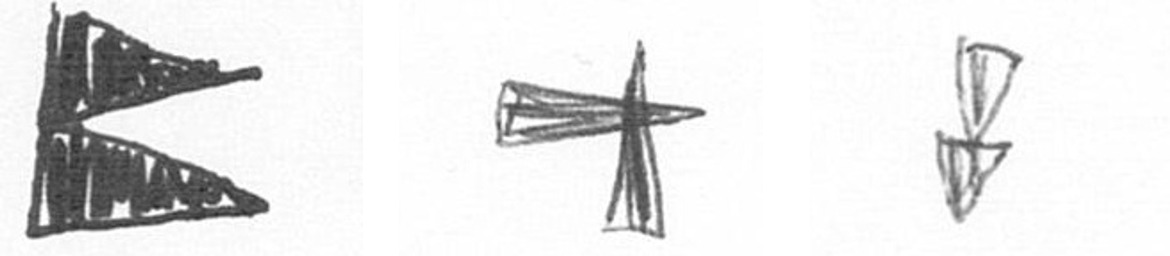
P G Z